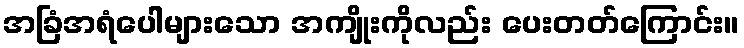
အခြံအရံပေါများသော အကျိုးကိုလည်း ပေးတတ်ကြောင်း။